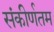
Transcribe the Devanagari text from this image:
संकीर्णतम